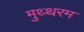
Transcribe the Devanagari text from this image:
मुथ्थरम